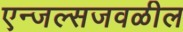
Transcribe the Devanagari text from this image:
एन्जल्सजवळील